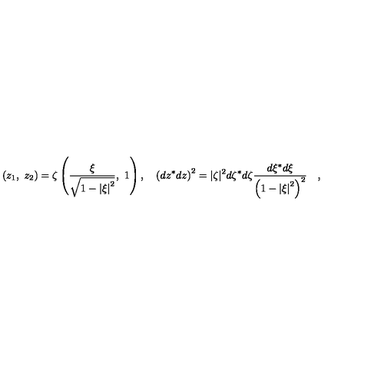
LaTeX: \left( { { z _ { 1 } } , \ { z _ { 2 } } } \right) = \zeta \left( { { \frac { \xi } { \sqrt { 1 - \left| \xi \right| ^ { 2 } } } } , \ 1 } \right) , \quad \left( { d z ^ { * } d z } \right) ^ { 2 } = | \zeta | ^ { 2 } d \zeta ^ { * } d \zeta { \frac { d \xi ^ { * } d \xi } { \left( { 1 - \left| \xi \right| ^ { 2 } } \right) ^ { 2 } } } \quad ,